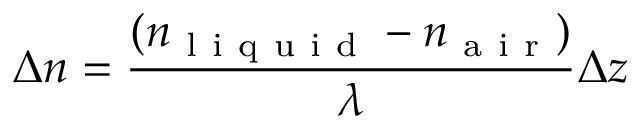
\Delta n = \frac { ( n _ { \mathrm { ~ l ~ i ~ q ~ u ~ i ~ d ~ } } - n _ { \mathrm { ~ a ~ i ~ r ~ } } ) } { \lambda } \Delta z